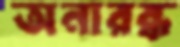
অনারব্ধ